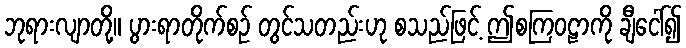
ဘုရားလျာတို့။ ပွားရာတိုက်စဉ် တွင်သတည်းဟု စသည်ဖြင့် ဤစကြဝဠာကို ချီငေါ်၍